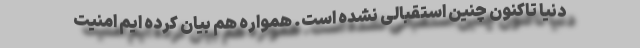
دنیا تاکنون چنین استقبالی نشده است. همواره هم بیان کرده ایم امنیت